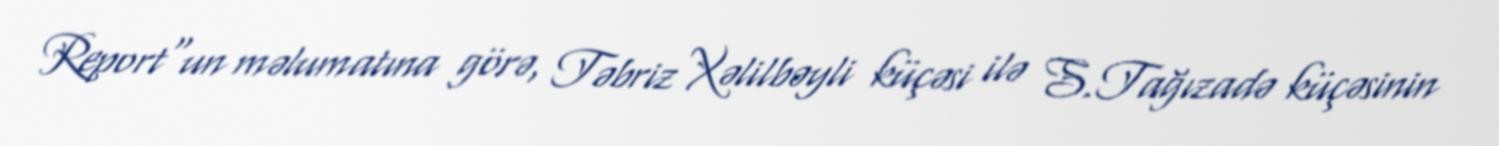
Report"un məlumatına görə, Təbriz Xəlilbəyli küçəsi ilə S.Tağızadə küçəsinin